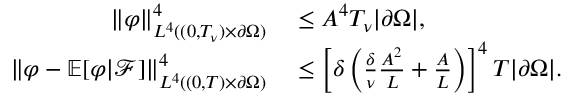
\begin{array} { r l } { \left\lVert \varphi \right\rVert _ { L ^ { 4 } ( ( 0 , T _ { \nu } ) \times \partial \Omega ) } ^ { 4 } } & { { } \le A ^ { 4 } T _ { \nu } | \partial \Omega | , } \\ { \left\lVert \varphi - \mathbb E [ \varphi | \mathcal F ] \right\rVert _ { L ^ { 4 } ( ( 0 , T ) \times \partial \Omega ) } ^ { 4 } } & { { } \le \left[ \delta \left( \frac \delta \nu \frac { A ^ { 2 } } L + \frac A L \right) \right] ^ { 4 } T | \partial \Omega | . } \end{array}